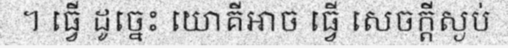
។ ធ្វើ ដូច្នេះ យោគីឤច ធ្វើ សេចក្តីស្ងប់